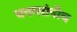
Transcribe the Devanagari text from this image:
धनगरांनीच